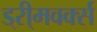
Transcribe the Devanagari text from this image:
ड्री्मवर्क्स